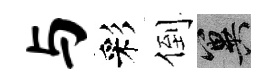
与彩倒冀